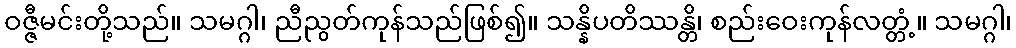
ဝဇ္ဇီမင်းတို့သည်။ သမဂ္ဂါ၊ ညီညွတ်ကုန်သည်ဖြစ်၍။ သန္နိပတိဿန္တိ၊ စည်းဝေးကုန်လတ္တံ့။ သမဂ္ဂါ၊